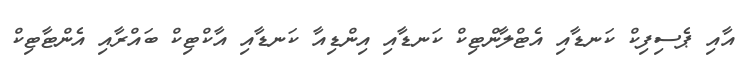
އާއި ޕެސިފިކް ކަނޑާއި އެޓްލާންޓިކް ކަނޑާއި އިންޑިއާ ކަނޑާއި އާކްޓިކް ބައްރާއި އެންޓާޓިކް